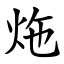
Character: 炧